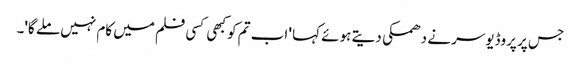
جس پر پروڈیوسر نے دھمکی دیتے ہوئے کہا ' اب تم کو کبھی کسی فلم میں کام نہیں ملے گا'۔